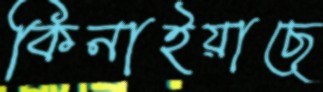
কিনাইয়াছে